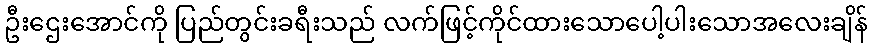
ဦးဌေးအောင်ကို ပြည်တွင်းခရီးသည် လက်ဖြင့်ကိုင်ထားသောပေါ့ပါးသောအလေးချိန်